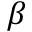
\beta